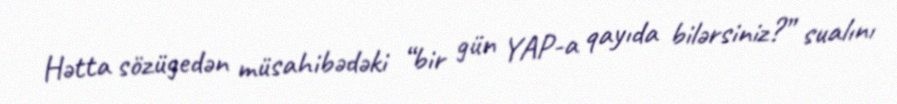
Hətta sözügedən müsahibədəki “bir gün YAP-a qayıda bilərsiniz?” sualını